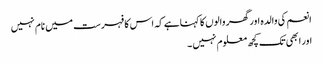
انعم کی والدہ اور گھر والوں کا کہناہے کہ اس کا فہرست میں نام نہیں
اور ابھی تک کچھ معلوم نہیں ۔